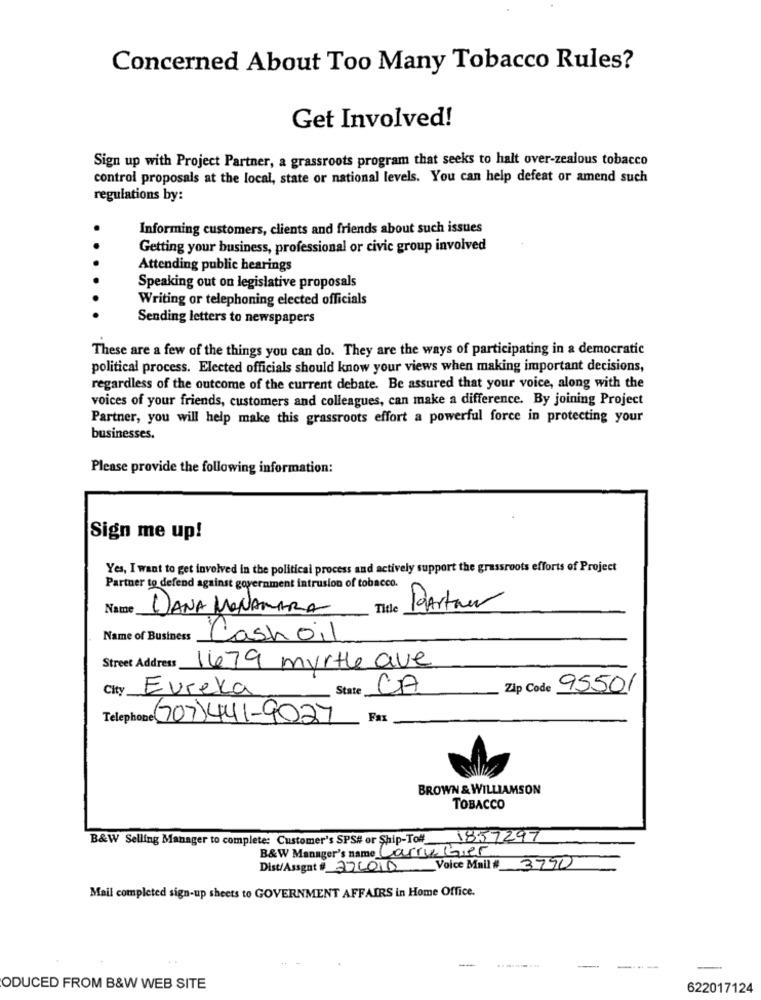
Concerned About Too Many Tobacco Rules?
Get Involved!
Sign up with Project Partner, a grassroots program that seeks to halt over-zealous tobacco
control proposals at the local, state or national levels. You can help defeat or amend such
regulations by:
Informing customers, clients and friends about such issues
Getting your business, professional or civic group involved
Attending public hearings
Speaking out on legislative proposals
Writing or telephoning elected officials
Sending letters to newspapers
These are a few of the things you can do. They are the ways of participating in a democratic
political process. Elected officials should know your views when making important decisions,
regardless of the outcome of the current debate. Be assured that your voice, along with the
voices of your friends, customers and colleagues, can make a difference. By joining Project
Partner, you will help make this grassroots effort a powerful force in protecting your
businesses.
Please provide the following information:
Sign me up!
Yes, I want to get involved in the political process and actively support the grassroots efforts of Project
Partner to defend against government intrusion of tobacco.
Name
DANA MANAMARA
Title
Partner
Name of Business
Cash oil
Street Address 1679 myrtle ave
City
Eureka
State
CA
Zip Code
95501
Telephone(707)441-9027
Fax
BROWN & WILLIAMSON
TOBACCO
B&W Selling Manager to complete: Customer's SPS# or Ship-To# 1857297
B&W Manager's name Carrier
Dist/Assent # 220010
Voice Mail # 3790
Mail completed sign-up sheets to GOVERNMENT AFFAIRS in Home Office.
-----...
-
ODUCED FROM B&W WEB SITE
622017124